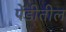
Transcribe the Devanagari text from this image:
पेंडीतील